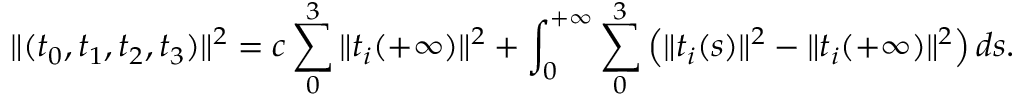
\| ( t _ { 0 } , t _ { 1 } , t _ { 2 } , t _ { 3 } ) \| ^ { 2 } = c \sum _ { 0 } ^ { 3 } \| t _ { i } ( + \infty ) \| ^ { 2 } + \int _ { 0 } ^ { + \infty } \sum _ { 0 } ^ { 3 } \left( \| t _ { i } ( s ) \| ^ { 2 } - \| t _ { i } ( + \infty ) \| ^ { 2 } \right) d s .